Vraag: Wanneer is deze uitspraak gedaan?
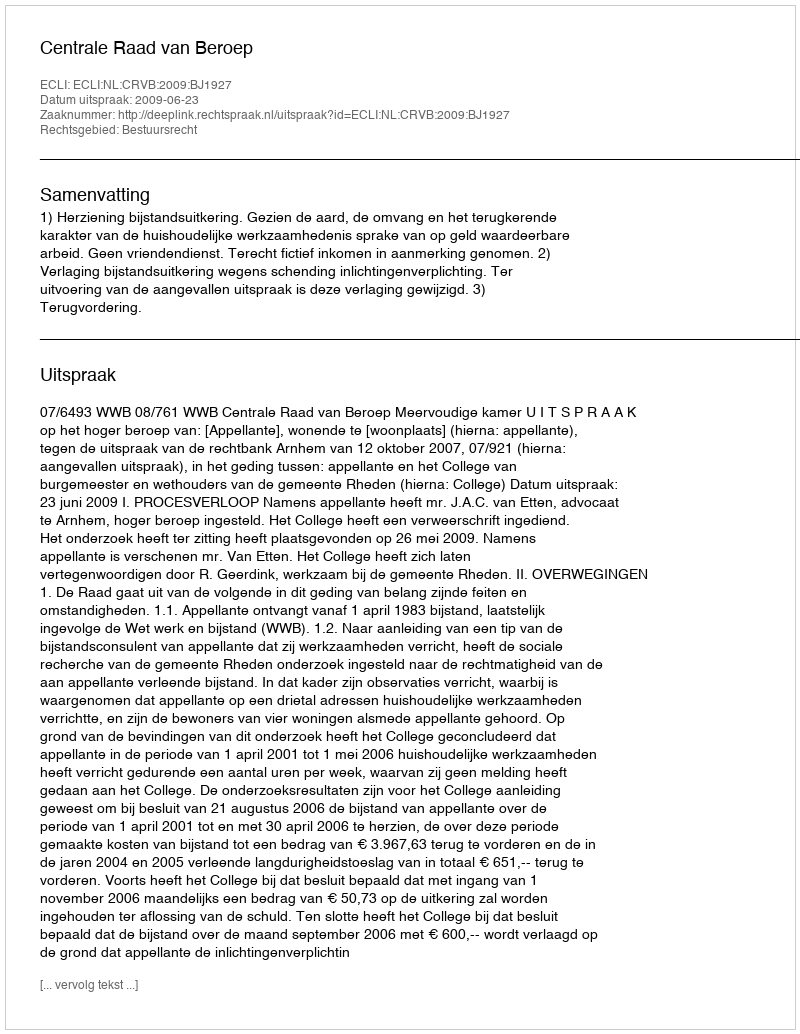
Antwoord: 2009-06-23